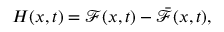
H ( x , t ) = \mathcal { F } ( x , t ) - \bar { \mathcal { F } } ( x , t ) ,